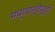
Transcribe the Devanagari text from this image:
मध्यरात्रीपूर्वी